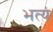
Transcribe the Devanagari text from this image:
भत्य